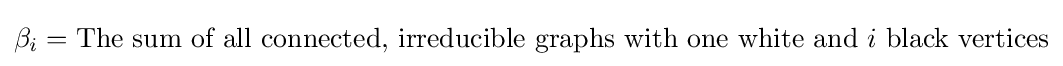
\beta _{i}={\mbox{The sum of all connected, irreducible graphs with one white and}}\ i\ {\mbox{black vertices}}